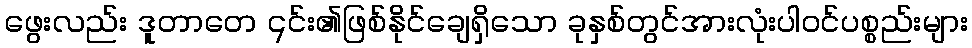
ဖွေးလည်း ဒူတာတေ ၎င်း၏ဖြစ်နိုင်ချေရှိသော ခုနှစ်တွင်အားလုံးပါဝင်ပစ္စည်းများ